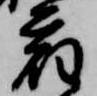
宿